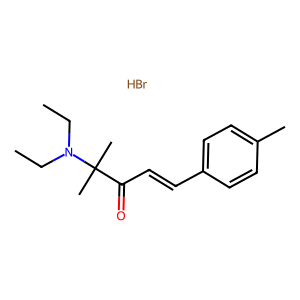
SMILES: Br.CCN(CC)C(C)(C)C(=O)C=Cc1ccc(C)cc1
Inhibits HIV replication: No